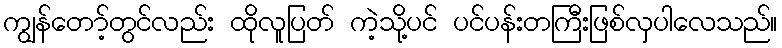
ကျွန်တော့်တွင်လည်း ထိုလူပြတ် ကဲ့သို့ပင် ပင်ပန်းတကြီးဖြစ်လှပါလေသည်။